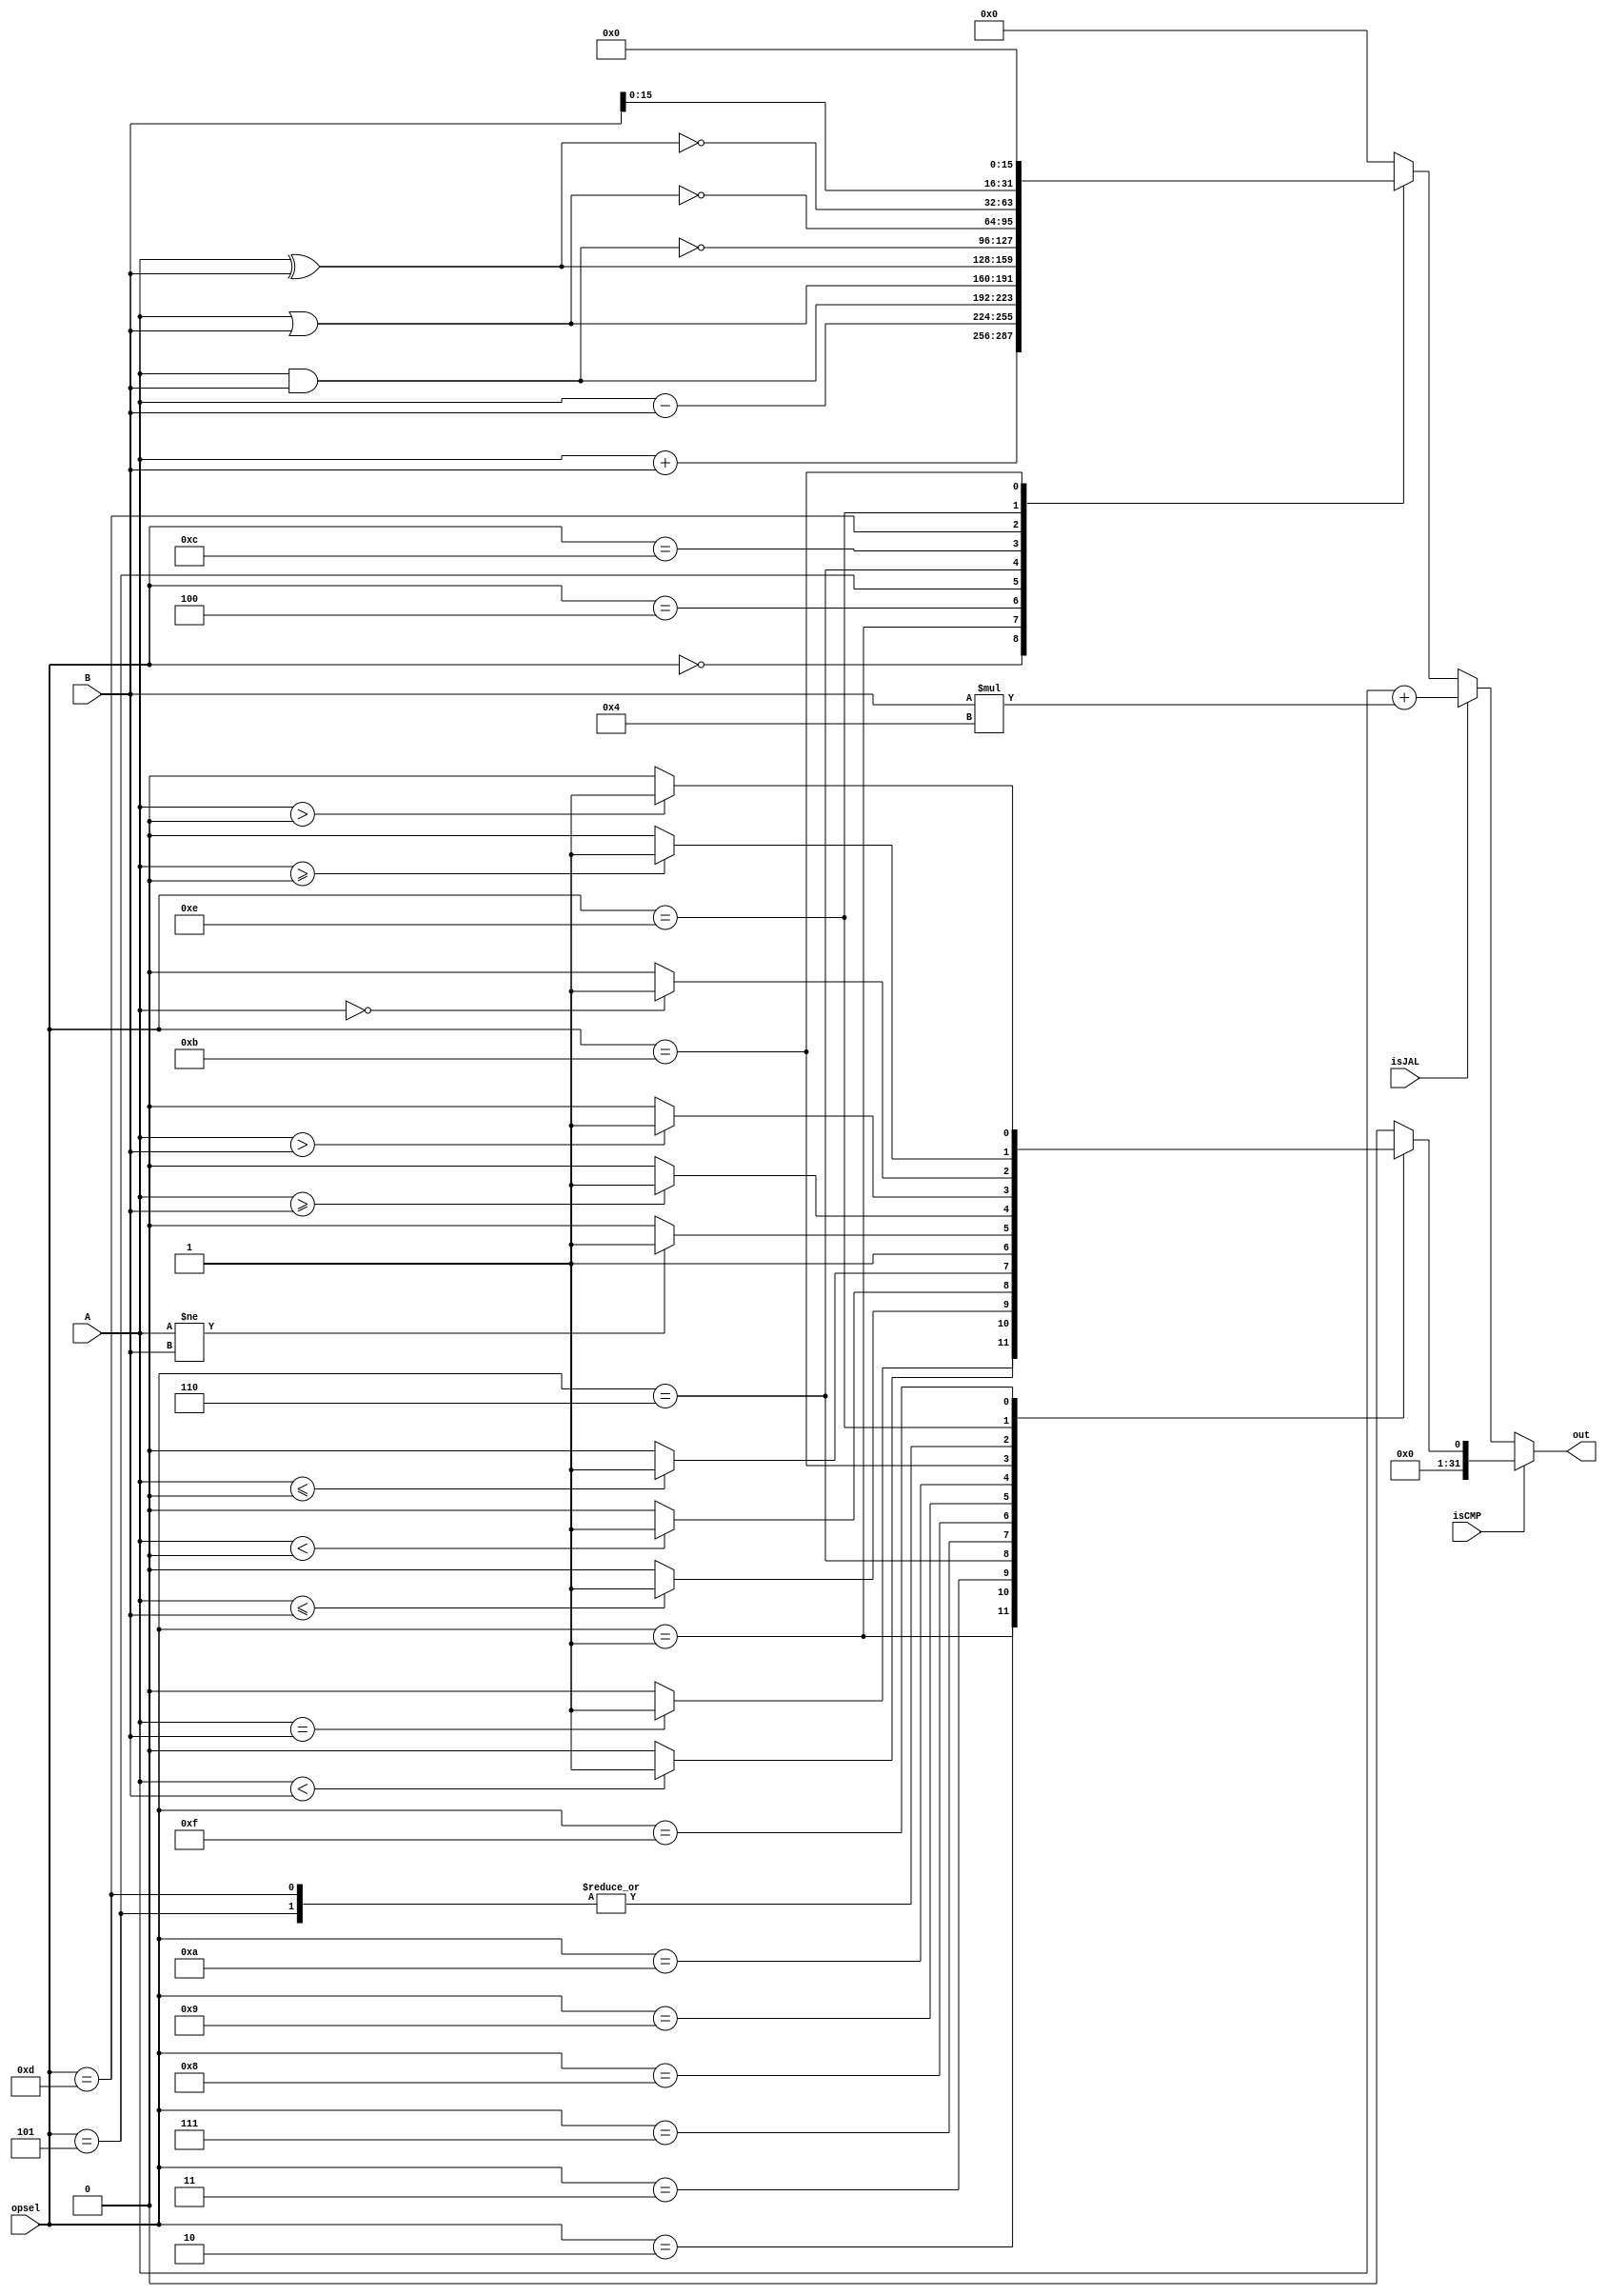
module ALU(opsel, A, B, isCMP, isJAL, out);
	input[5:0] opsel;
	input isCMP, isJAL;
	input signed[31:0] A, B;
	output reg[31:0] out;
	
	parameter TRUE=32'b1, FALSE=32'b0;
	parameter ADD=4'h0, SUB=4'h1, AND=4'h4, OR=4'h5, XOR=4'h6, NAND=4'hC, NOR=4'hD, XNOR=4'hE, MVHI=4'hB;
	parameter F=4'h0, EQ=4'h1, LT=4'h2, LTE=4'h3, EQZ=4'h5, LTZ=4'h6, LTEZ=4'h7, T=4'h8, NE=4'h9, GTE=4'hA, GT=4'hB, NEZ=4'hD, GTEZ=4'hE, GTZ=4'hF;
	
	always @(*) begin
		out <= 0;
		if (isCMP)
			case(opsel)
				F:
					out <= FALSE;
				EQ:
					out <= (A == B) ? TRUE : FALSE;
				LT:
					out <= (A < B) ? TRUE : FALSE;
				LTE:
					out <= (A <= B) ? TRUE : FALSE;
				EQZ:
					out <= (A == 0) ? TRUE : FALSE;
				LTZ:
					out <= (A < 0) ? TRUE : FALSE;
				LTEZ:
					out <= (A <= 0) ? TRUE : FALSE;
				T:
					out <= TRUE;
				NE:
					out <= (A != B) ? TRUE : FALSE;
				GTE:
					out <= (A >= B) ? TRUE : FALSE;
				GT:
					out <= (A > B) ? TRUE : FALSE;
				NEZ:
					out <= (A == 0) ? TRUE : FALSE;
				GTEZ:
					out <= (A >= 0) ? TRUE : FALSE;
				GTZ:
					out <= (A > 0) ? TRUE : FALSE;
			endcase
		else if (isJAL)
			out <= A + (B*4);
		else
			case(opsel)
				ADD: 
					out <= A + B;
				SUB:
					out <= A - B;
				AND:
					out <= A & B;
				OR:
					out <= A | B;
				XOR:
					out <= A ^ B;
				NAND:
					out <= ~(A & B);
				NOR:
					out <= ~(A | B);
				XNOR:
					out <= ~(A ^ B);
				MVHI:
					out <= {B[15:0], 16'b0};
			endcase
	end
endmodule